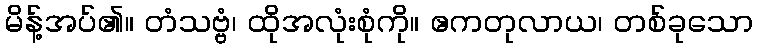
မိန့်အပ်၏။ တံသဗ္ဗံ၊ ထိုအလုံးစုံကို။ ဧကတုလာယ၊ တစ်ခုသော